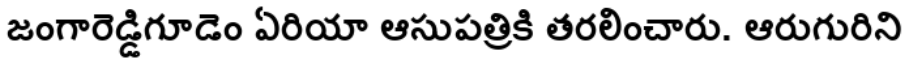
జంగారెడ్డిగూడెం ఏరియా ఆసుపత్రికి తరలించారు. ఆరుగురిని